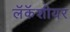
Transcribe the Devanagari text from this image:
लॅकॅशीयर